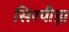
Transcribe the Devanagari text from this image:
सिरपीड़ा